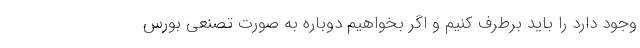
وجود دارد را باید برطرف کنیم و اگر بخواهیم دوباره به صورت تصنعی بورس